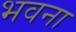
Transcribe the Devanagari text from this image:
भवना